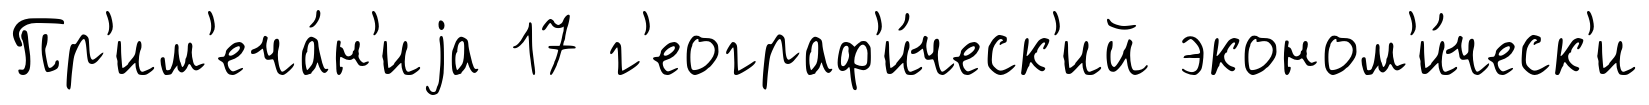
Пр'им'еча́н'иjа 17 г'еограф'и́ческ'ий эконом'и́ческ'и